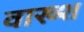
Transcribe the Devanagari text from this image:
वाख्श